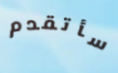
سأتقدم